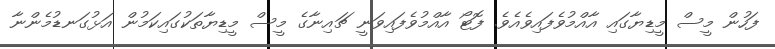
ފަހުން މީސް މީޑިޔާގައި އާއްމުވެފައިވެއެވެ. ފޮޓޯ އާއްމުވެފައިވަނީ ޗައިނާގެ މީސް މީޑިޔާތަކުގައިކަމުން އަޅުގަނޑުމެންނާ